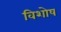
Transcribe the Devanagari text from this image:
विशोष